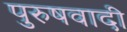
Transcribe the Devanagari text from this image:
पुरुषवादी